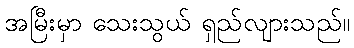
အမြီးမှာ သေးသွယ် ရှည်လျားသည်။